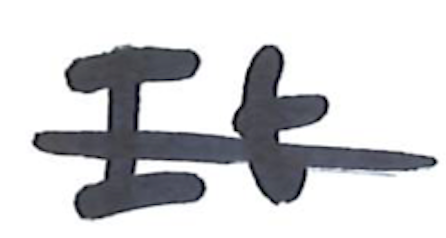
Text: It
Cross-out: single-line
Writing tool: marker